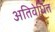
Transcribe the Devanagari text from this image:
अतिवेधित